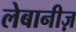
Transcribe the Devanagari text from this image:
लेबानीज़